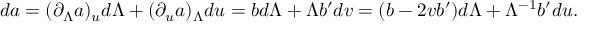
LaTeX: d a = ( \partial _ { \Lambda } a ) _ { u } d \Lambda + ( \partial _ { u } a ) _ { \Lambda } d u = b d \Lambda + \Lambda b ^ { \prime } d v = ( b - 2 v b ^ { \prime } ) d \Lambda + \Lambda ^ { - 1 } b ^ { \prime } d u .